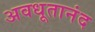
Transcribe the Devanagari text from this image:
अवधूतानंद